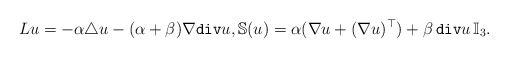
\begin{align*}Lu=-\alpha\triangle u-(\alpha+\beta)\nabla \mathtt{div}u, \mathbb{S}(u)=\alpha(\nabla u+(\nabla u)^\top)+\beta\, \mathtt{div}u\, \mathbb{I}_3.\end{align*}